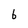
Character: 6